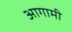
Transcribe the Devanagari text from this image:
अागामी